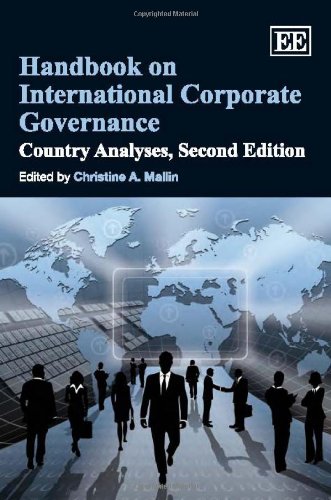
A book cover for Handbook on International Corporate Governance: Country Analyses; Christine A. Mallin; Business & Money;